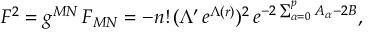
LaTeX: F ^ { 2 } = g ^ { M N } \, F _ { M N } = - n ! \, ( \Lambda ^ { \prime } \, e ^ { \Lambda ( r ) } ) ^ { 2 } \, e ^ { - 2 \sum _ { \alpha = 0 } ^ { p } A _ { \alpha } - 2 B } ,